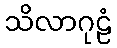
သိလာဂုဠံ